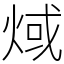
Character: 𤊨